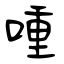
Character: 喠